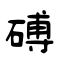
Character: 磗